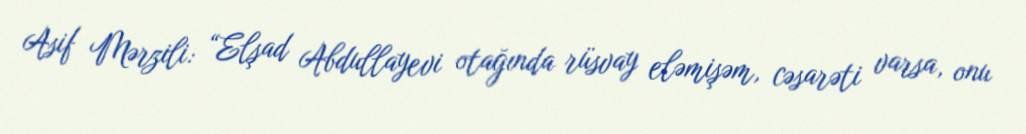
Asif Mərzili: “Elşad Abdullayevi otağında rüsvay eləmişəm, cəsarəti varsa, onu